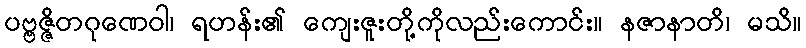
ပဗ္ဗဇ္ဇိတဂုဏေဝါ၊ ရဟန်း၏ ကျေးဇူးတို့ကိုလည်းကောင်း။ နဇာနာတိ၊ မသိ။